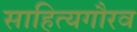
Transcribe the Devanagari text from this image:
साहित्यगौरव